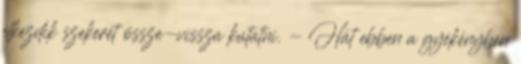
elkezdik szekerét össze-vissza kutatni. - Hát ebben a gyékényben